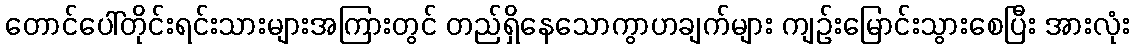
တောင်ပေါ်တိုင်းရင်းသားများအကြားတွင် တည်ရှိနေသောကွာဟချက်များ ကျဉ်းမြောင်းသွားစေပြီး အားလုံး